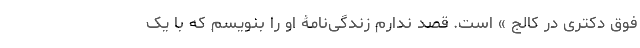
فوق دکتری در کالج » است. قصد ندارم زندگی‌نامۀ او را بنویسم که با یک